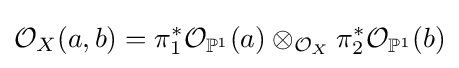
{\mathcal {O}}_{X}(a,b)=\pi _{1}^{*}{\mathcal {O}}_{\mathbb {P} ^{1}}(a)\otimes _{{\mathcal {O}}_{X}}\pi _{2}^{*}{\mathcal {O}}_{\mathbb {P} ^{1}}(b)